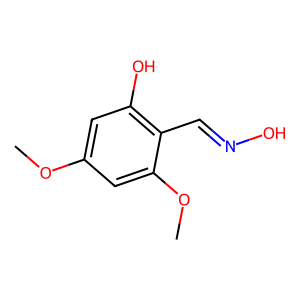
SMILES: COc1cc(O)c(C=NO)c(OC)c1
Inhibits HIV replication: No